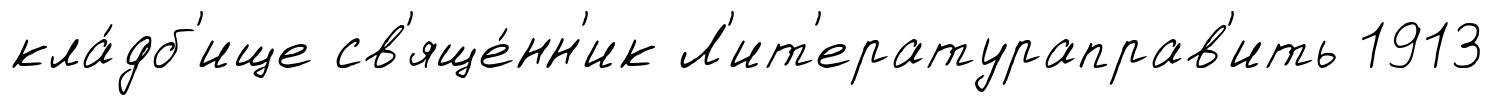
кла́дб'ище св'яще́нн'ик Л'ит'ератураправ'ить 1913